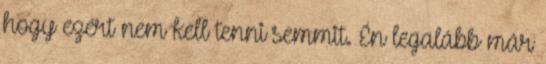
hogy ezért nem kell tenni semmit. Én legalább már